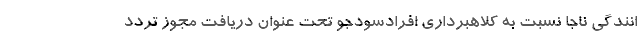
انندگی ناجا نسبت به کلاهبرداری افرادسودجو تحت عنوان دریافت مجوز تردد